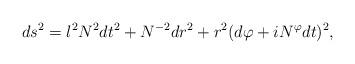
LaTeX: \begin{align*}ds^2 = l^2 N^2 dt^2+N^{-2}dr^2+r^2(d\varphi +i N^\varphi dt)^2, \end{align*}